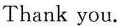
Thank you.